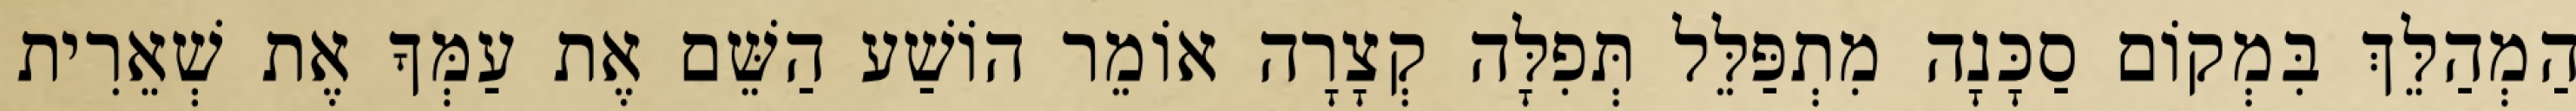
הַמְהַלֵּךְ בִּמְקוֹם סַכָּנָה מִתְפַּלֵּל תְּפִלָּה קְצָרָה אוֹמֵר הוֹשַׁע הַשֵּׁם אֶת עַמְּךָ אֶת שְׁאֵרִית